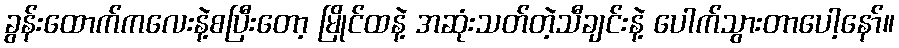
ခွန်းထောက်ကလေးနဲ့စပြီးတော့ မြိုင်ထနဲ့ အဆုံးသတ်တဲ့သီချင်းနဲ့ ပေါက်သွားတာပေါ့နော်။